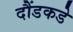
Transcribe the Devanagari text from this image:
दौंडकडे